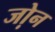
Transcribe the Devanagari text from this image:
जो़न